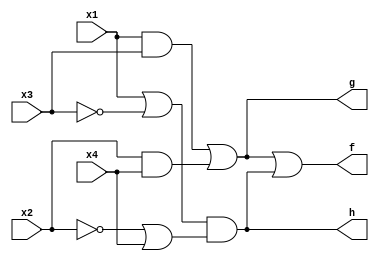
module example4 (x1, x2, x3, x4, f, g, h);
	input x1, x2, x3, x4;
	output f, g, h;
	
	assign g = (x1 & x3) | (x2 & x4);
	assign h = (x1 | ~x3) & (~x2 | x4);
	assign f = g | h;
	
endmodule